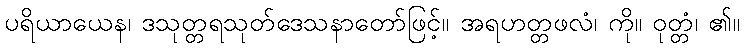
ပရိယာယေန၊ ဒသုတ္တရသုတ်ဒေသနာတော်ဖြင့်။ အရဟတ္တဖလံ၊ ကို။ ဝုတ္တံ၊ ၏။